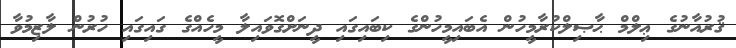
ޤުރުއާނުގެ ޢިލްމް ޙާޞިލްކުރާމީހުން އެބައިމީހުންގެ ކިބައިގައި ދީނަށްގޮވައިލާ މީހެއްގެ ގައިގައި ހުރުން ލާޒިމުވާ